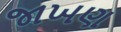
જાખણ